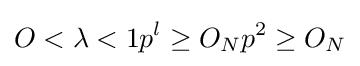
O<\lambda <1p^{l}\geq O_{N}p^{2}\geq O_{N}